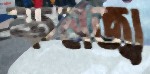
কনজ্যু